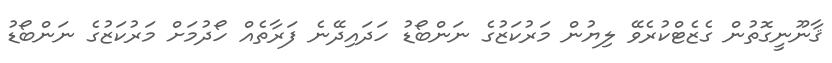
ޤާނޫނީގޮތުން ގެޒެޓްކުރެވޭ ލިޔުން މަރުކަޒުގެ ނަންބޯޑު ހަދައިދޭނެ ފަރާތެއް ހޯދުމަށް މަރުކަޒުގެ ނަންބޯޑު